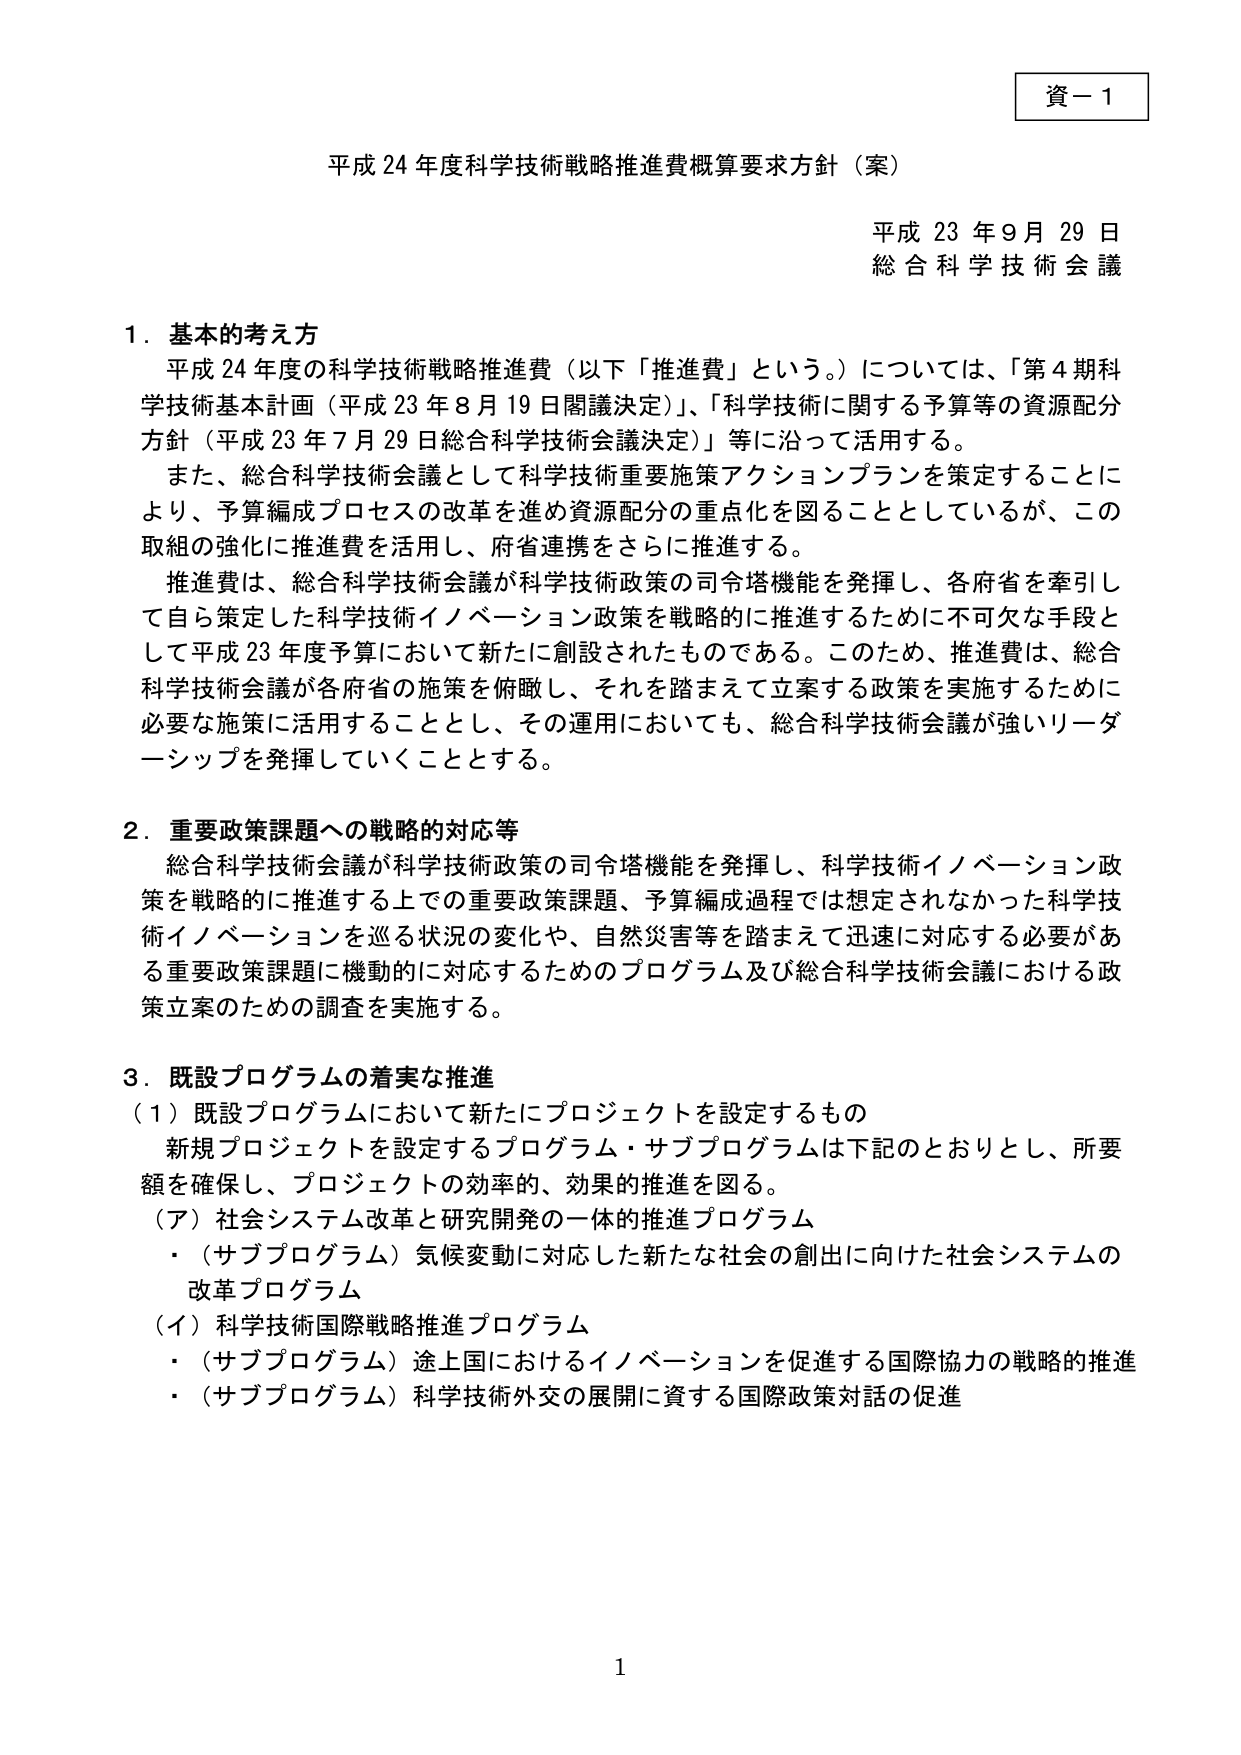
資－1

平成24年度科学技術戦略推進費概算要求方針（案）

平成23年9月29日
総合科学技術会議

1．基本的考え方
平成24年度の科学技術戦略推進費（以下「推進費」という。）については、「第4期科学技術基本計画（平成23年8月19日閣議決定）」、「科学技術に関する予算等の資源配分方針（平成23年7月29日総合科学技術会議決定）」等に沿って活用する。
また、総合科学技術会議として科学技術重要施策アクションプランを策定することにより、予算編成プロセスの改革を進め資源配分の重点化を図ることとしているが、この取組の強化に推進費を活用し、府省連携をさらに推進する。
推進費は、総合科学技術会議が科学技術政策の司令塔機能を発揮し、各府省を牽引して自ら策定した科学技術イノベーション政策を戦略的に推進するために不可欠な手段として平成23年度予算において新たに創設されたものである。このため、推進費は、総合科学技術会議が各府省の施策を俯瞰し、それを踏まえて立案する政策を実施するために必要な施策に活用することとし、その運用においても、総合科学技術会議が強いリーダーシップを発揮していくこととする。

2．重要政策課題への戦略的対応等
総合科学技術会議が科学技術政策の司令塔機能を発揮し、科学技術イノベーション政策を戦略的に推進する上での重要政策課題、予算編成過程では想定されなかった科学技術イノベーションを巡る状況の変化や、自然災害等を踏まえて迅速に対応する必要がある重要政策課題に機動的に対応するためのプログラム及び総合科学技術会議における政策立案のための調査を実施する。

3．既設プログラムの着実な推進
（1）既設プログラムにおいて新たにプロジェクトを設定するもの
新規プロジェクトを設定するプログラム・サブプログラムは下記のとおりとし、所要額を確保し、プロジェクトの効率的、効果的推進を図る。
（ア）社会システム改革と研究開発の一体的推進プログラム
・（サブプログラム）気候変動に対応した新たな社会の創出に向けた社会システムの改革プログラム
（イ）科学技術国際戦略推進プログラム
・（サブプログラム）途上国におけるイノベーションを促進する国際協力の戦略的推進
・（サブプログラム）科学技術外交の展開に資する国際政策対話の促進

1